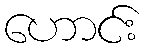
ဟောင်း